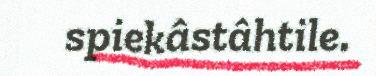
spiekâstâhtile.